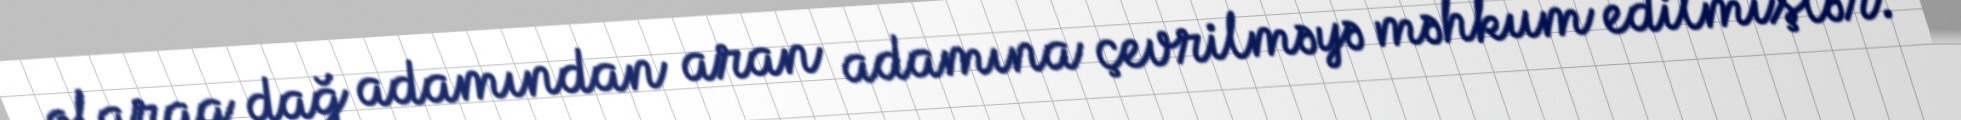
olaraq dağ adamından aran adamına çevrilməyə məhkum edilmişlər.